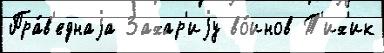
Пра́в'еднаjа Захар'иjу во́инов Т'их'ик